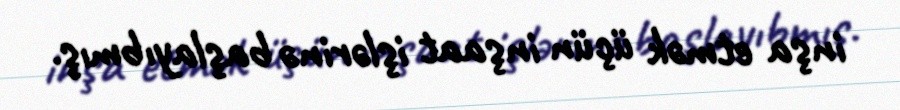
inşa etmək üçün inşaat işlərinə başlayıbmış.